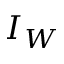
I _ { W }